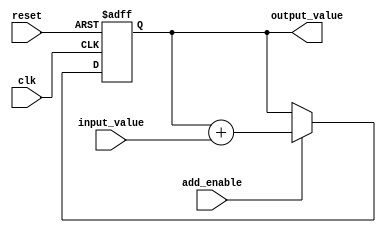
module accumulator (
    input wire clk,
    input wire reset,
    input wire [7:0] input_value,
    input wire add_enable,
    output reg [7:0] output_value
);

reg [7:0] sum;

always @(posedge clk or posedge reset) begin
    if (reset) begin
        sum <= 8'd0;
    end else if (add_enable) begin
        sum <= sum + input_value;
    end
end

assign output_value = sum;

endmodule